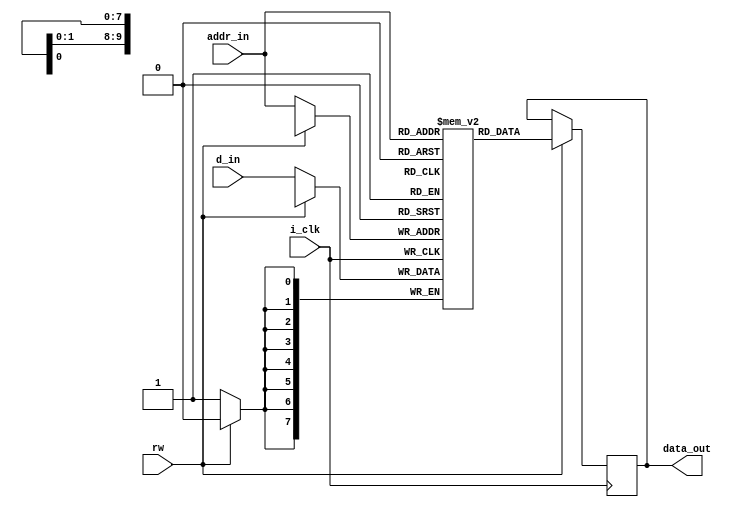
module SRAM_V 
   # (parameter mem_size =  1024 ,
	   parameter word_size  = 8  , 
		parameter addr_size  = 10  
	)
	(
      d_in , 
		i_clk , 
		rw ,  
		addr_in , 
		data_out ) ;
		
  input i_clk ;
  input wire [word_size-1:0] d_in ;             ///data input //
  input rw ;                               ///read/write , if rw => 0 , write to memory else read from the memory///
                            ///for 
  input [addr_size -1:0] addr_in ;              ///address bus ///
  output reg [word_size-1:0] data_out ;          //data bus ///
		
		///defining a memory ///
		
 reg [word_size-1:0] mem[mem_size-1:0]  ;


 always @ (posedge i_clk)
  begin
          if (rw==1'b0)
	   begin
		mem[addr_in] <= d_in ;
		  end
		else
        begin
		data_out <= mem[addr_in] ;
         end
	end 		
		endmodule